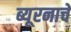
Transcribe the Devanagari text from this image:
ब्यूरनाचे